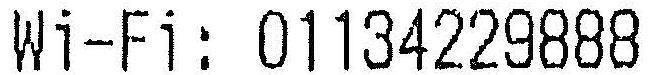
WI-FI : 01134229888